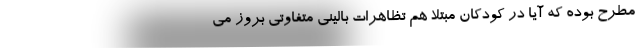
مطرح بوده که آیا در کودکان مبتلا هم تظاهرات بالینی متفاوتی بروز می